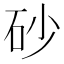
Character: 砂